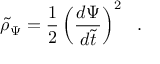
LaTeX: \tilde { \rho } _ { \Psi } = { \frac { 1 } { 2 } } \left( { \frac { d \Psi } { d \tilde { t } } } \right) ^ { 2 } \ \ .